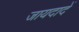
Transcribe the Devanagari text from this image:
जायदादें